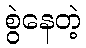
စွဲနေတဲ့